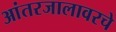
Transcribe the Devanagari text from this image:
आंतरजालावरचे